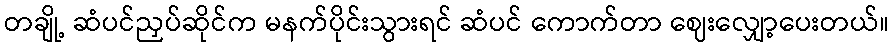
တချို့ ဆံပင်ညှပ်ဆိုင်က မနက်ပိုင်းသွားရင် ဆံပင် ကောက်တာ ဈေးလျှော့ပေးတယ်။